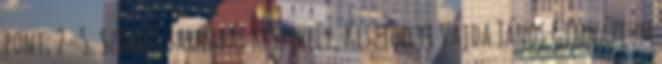
pont; 2–5. Szántó Barnabás Keszthely, Keszthelyi Vajda János Gimnázium